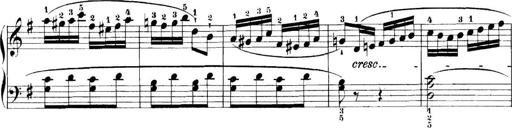
Title: 11 Sonatinas
Composer: Anton Diabelli